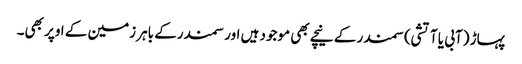
پہاڑ (آبی یا آتشی) سمندر کے نیچے بھی موجود ہیں اور سمندرکے باہر زمین کے اوپر بھی۔